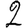
Digit: 2